Mental hospitals Bombay report 1921-28 - 1921-1928
Year: 1921
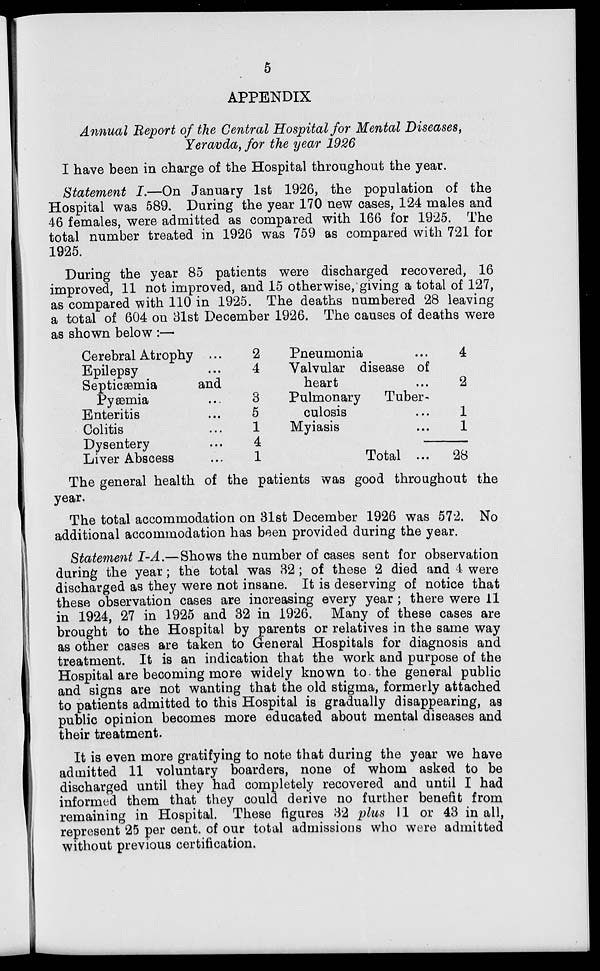
5
APPENDIX
Annual Report of the Central Hospital for Mental Diseases,
Yeravda, for the year 1926
I have been in charge of the Hospital throughout the year.
Statement I.—On January 1st 1926, the population of the
Hospital was 589. During the year 170 new cases, 124 males and
46 females, were admitted as compared with 166 for 1925. The
total number treated in 1926 was 759 as compared with 721 for
1925.
During the year 85 patients were discharged recovered, 16
improved, 11 not improved, and 15 otherwise, giving a total of 127,
as compared with 110 in 1925. The deaths numbered 28 leaving
a total of 604 on 31st December 1926. The causes of deaths were
as shown below :—
Cerebral Atrophy ...
Epilepsy ...
Septicæmia
and
Pyæmia ...
Enteritis ...
Colitis ...
Dysentery ...
Liver Abscess ...
2
4
3
5
1
4
1
Pneumonia ...
Valvular disease of
heart
Pulmonary
Tuber-
culosis ...
Myiasis ...
Total ...
4
2
1
1
—
28
The general health of the patients was good throughout the
year.
The total accommodation on 31st December 1926 was 572. No
additional accommodation has been provided during the year.
Statement I-A.—Shows the number of cases sent for observation
during the year ; the total was 32 ; of these 2 died and 4 were
discharged as they were not insane. It is deserving of notice that
these observation cases are increasing every year ; there were 11
in 1924, 27 in 1925 and 32 in 1926. Many of these cases are
brought to the Hospital by parents or relatives in the same way
as other cases are taken to General Hospitals for diagnosis and
treatment. It is an indication that the work and purpose of the
Hospital are becoming more widely known to the general public
and signs are not wanting that the old stigma, formerly attached
to patients admitted to this Hospital is gradually disappearing, as
public opinion becomes more educated about mental diseases and
their treatment.
It is even more gratifying to note that during the year we have
admitted 11 voluntary boarders, none of whom asked to be
discharged until they had completely recovered and until I had
informed them that they could derive no further benefit from
remaining in Hospital. These figures 32 plus 11 or 43 in all,
represent 25 per cent. of our total admissions who were admitted
without previous certification.